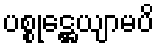
ပစ္စုဋ္ဌေယျာမပိ